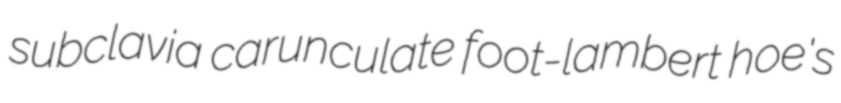
subclavia carunculate foot-lambert hoe's